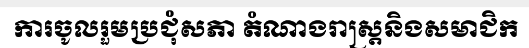
ការចូលរួមប្រជុំសភា តំណាងរាស្ត្រនិងសមាជិក